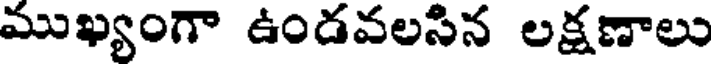
ముఖ్యంగా ఉండవలసిన లక్షణాలు